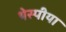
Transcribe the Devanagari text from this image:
थेस्पीया